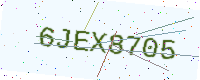
Text: 6JEX8705